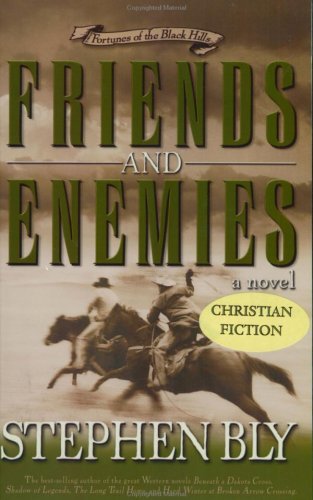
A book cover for Friends and Enemies (Fortunes of the Black Hills, Book 4); Stephen A. Bly; Religion & Spirituality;